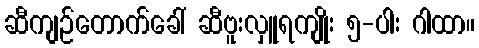
ဆီကျဉ်တောက်ခေါ် ဆီဗူးလှူရကျိုး ၅-ပါး ဂါထာ။